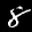
Digit: 8